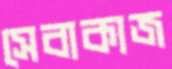
সেবাকাজ